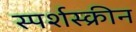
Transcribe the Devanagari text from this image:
स्पर्शस्क्रीन